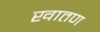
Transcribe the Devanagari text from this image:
खातण